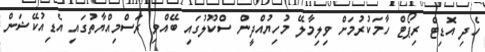
ހެދި އޮޑިޓް ރިޕޯޓް ހާމަކުރުމަށް ވިލިމާލޭ މުހިޔުއްދީން ސްކޫލުގައި ބޭއްވި ރަސްމިއްޔާތުގައި އެޑިއުކޭޝަން